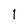
Character: l